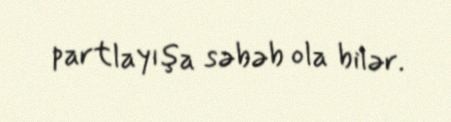
partlayışa səbəb ola bilər.